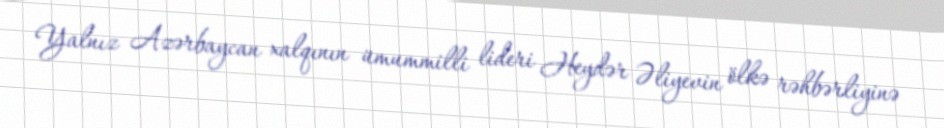
Yalnız Azərbaycan xalqının ümummilli lideri Heydər Əliyevin ölkə rəhbərliyinə